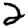
Digit: 2